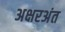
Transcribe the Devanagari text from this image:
अक्षरअंत